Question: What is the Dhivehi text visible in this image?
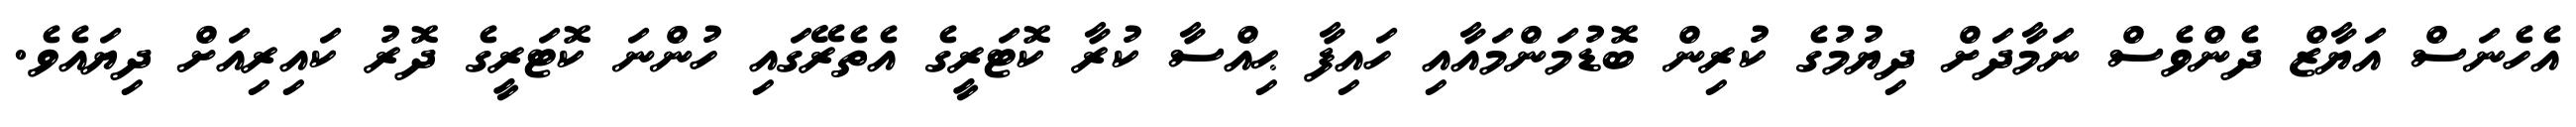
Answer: އެހެނަސް އަޔާޒް ދެންވެސް ނަމާދަށް ދިޔުމުގެ ކުރިން ބޮޑުމަންމައާއި ހައިފާ ޙިއްސާ ކުރާ ކޮޓަރީގެ އެތެރޭގައި ހުންނަ ކޮޓަރީގެ ދޮރު ކައިރިއަށް ދިޔައެވެ.